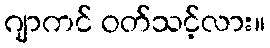
ဂျာကင် ဝတ်သင့်လား။